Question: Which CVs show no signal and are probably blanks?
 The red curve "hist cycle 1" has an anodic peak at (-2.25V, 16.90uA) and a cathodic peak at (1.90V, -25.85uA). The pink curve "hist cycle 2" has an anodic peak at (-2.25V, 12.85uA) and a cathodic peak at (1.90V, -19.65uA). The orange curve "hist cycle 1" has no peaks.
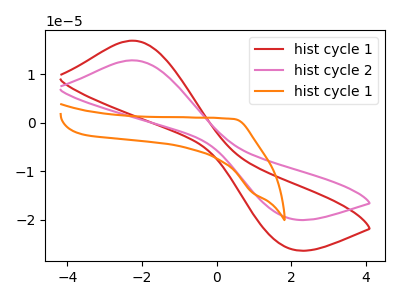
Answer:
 <answer>"hist cycle 1" is likely to be a blank.</answer>
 <eval>hist cycle 1</eval>